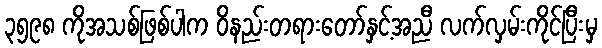
၃၅၉၈ ကိုအသစ်ဖြစ်ပါက ဝိနည်းတရားတော်နှင့်အညီ လက်လှမ်းကိုင်ပြီးမှ